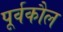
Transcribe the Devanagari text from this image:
पूर्वकौल